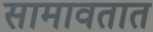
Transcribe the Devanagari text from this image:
सामावतात